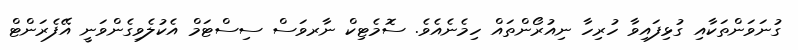
ގުނަވަންތަކާއި ގުޅިފައިވާ ހުރިހާ ނިއުރޯންތައް ހިމެނެއެވެ. ސޮމެޓިކް ނާރވަސް ސިސްޓަމް އެކުލެވިގެންވަނީ އޭފެރަންޓް